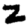
Digit: 2